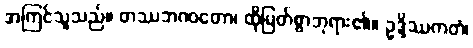
အကြင်သူသည်။ တဿဘဂဝတော၊ ထိုမြတ်စွာဘုရား၏။ ဥဒ္ဒိဿကတံ၊